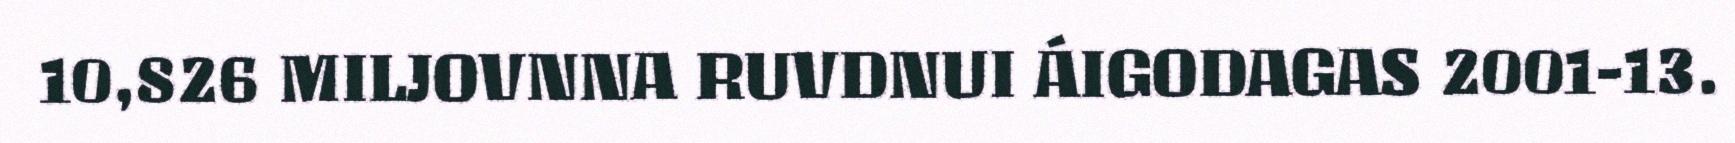
10,826 MILJOVNNA RUVDNUI ÁIGODAGAS 2001-13.